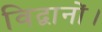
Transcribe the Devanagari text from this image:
विद्वानों।